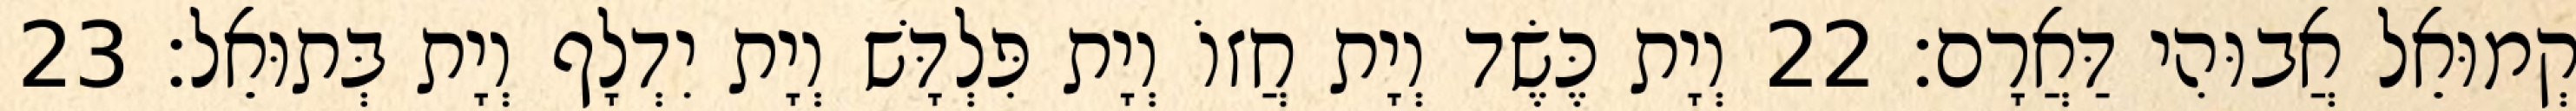
קְמוּאֵל אֲבוּהִי דַּאֲרָם׃ 22 וְיָת כֶּשֶׂד וְיָת חֲזוֹ וְיָת פִּלְדָּשׁ וְיָת יִדְלָף וְיָת בְּתוּאֵל׃ 23